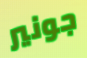
جونير